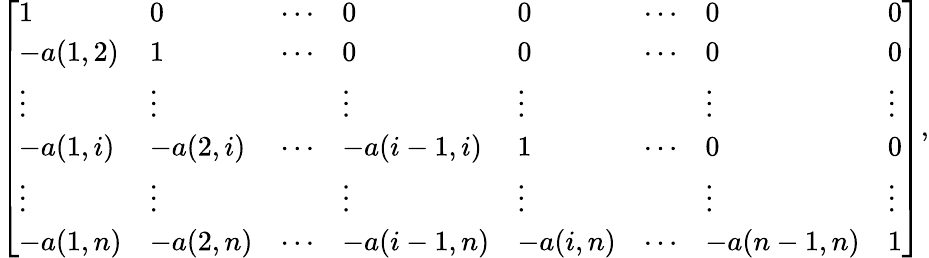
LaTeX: {\left[\begin{array}{llllllll}{1}&{0}&{\cdots}&{0}&{0}&{\cdots}&{0}&{0}\\ {-a(1,2)}&{1}&{\cdots}&{0}&{0}&{\cdots}&{0}&{0}\\ {\vdots}&{\vdots}&&{\vdots}&{\vdots}&&{\vdots}&{\vdots}\\ {-a(1,i)}&{-a(2,i)}&{\cdots}&{-a(i-1,i)}&{1}&{\cdots}&{0}&{0}\\ {\vdots}&{\vdots}&&{\vdots}&{\vdots}&&{\vdots}&{\vdots}\\ {-a(1,n)}&{-a(2,n)}&{\cdots}&{-a(i-1,n)}&{-a(i,n)}&{\cdots}&{-a(n-1,n)}&{1}\end{array}\right]},